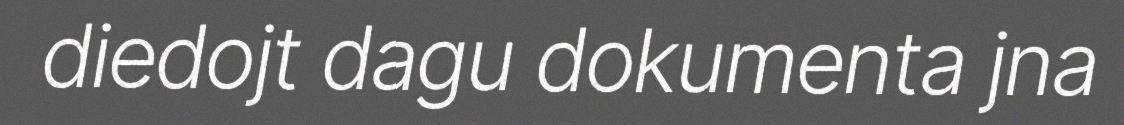
diedojt dagu dokumenta jna